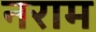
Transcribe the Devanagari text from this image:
नराम